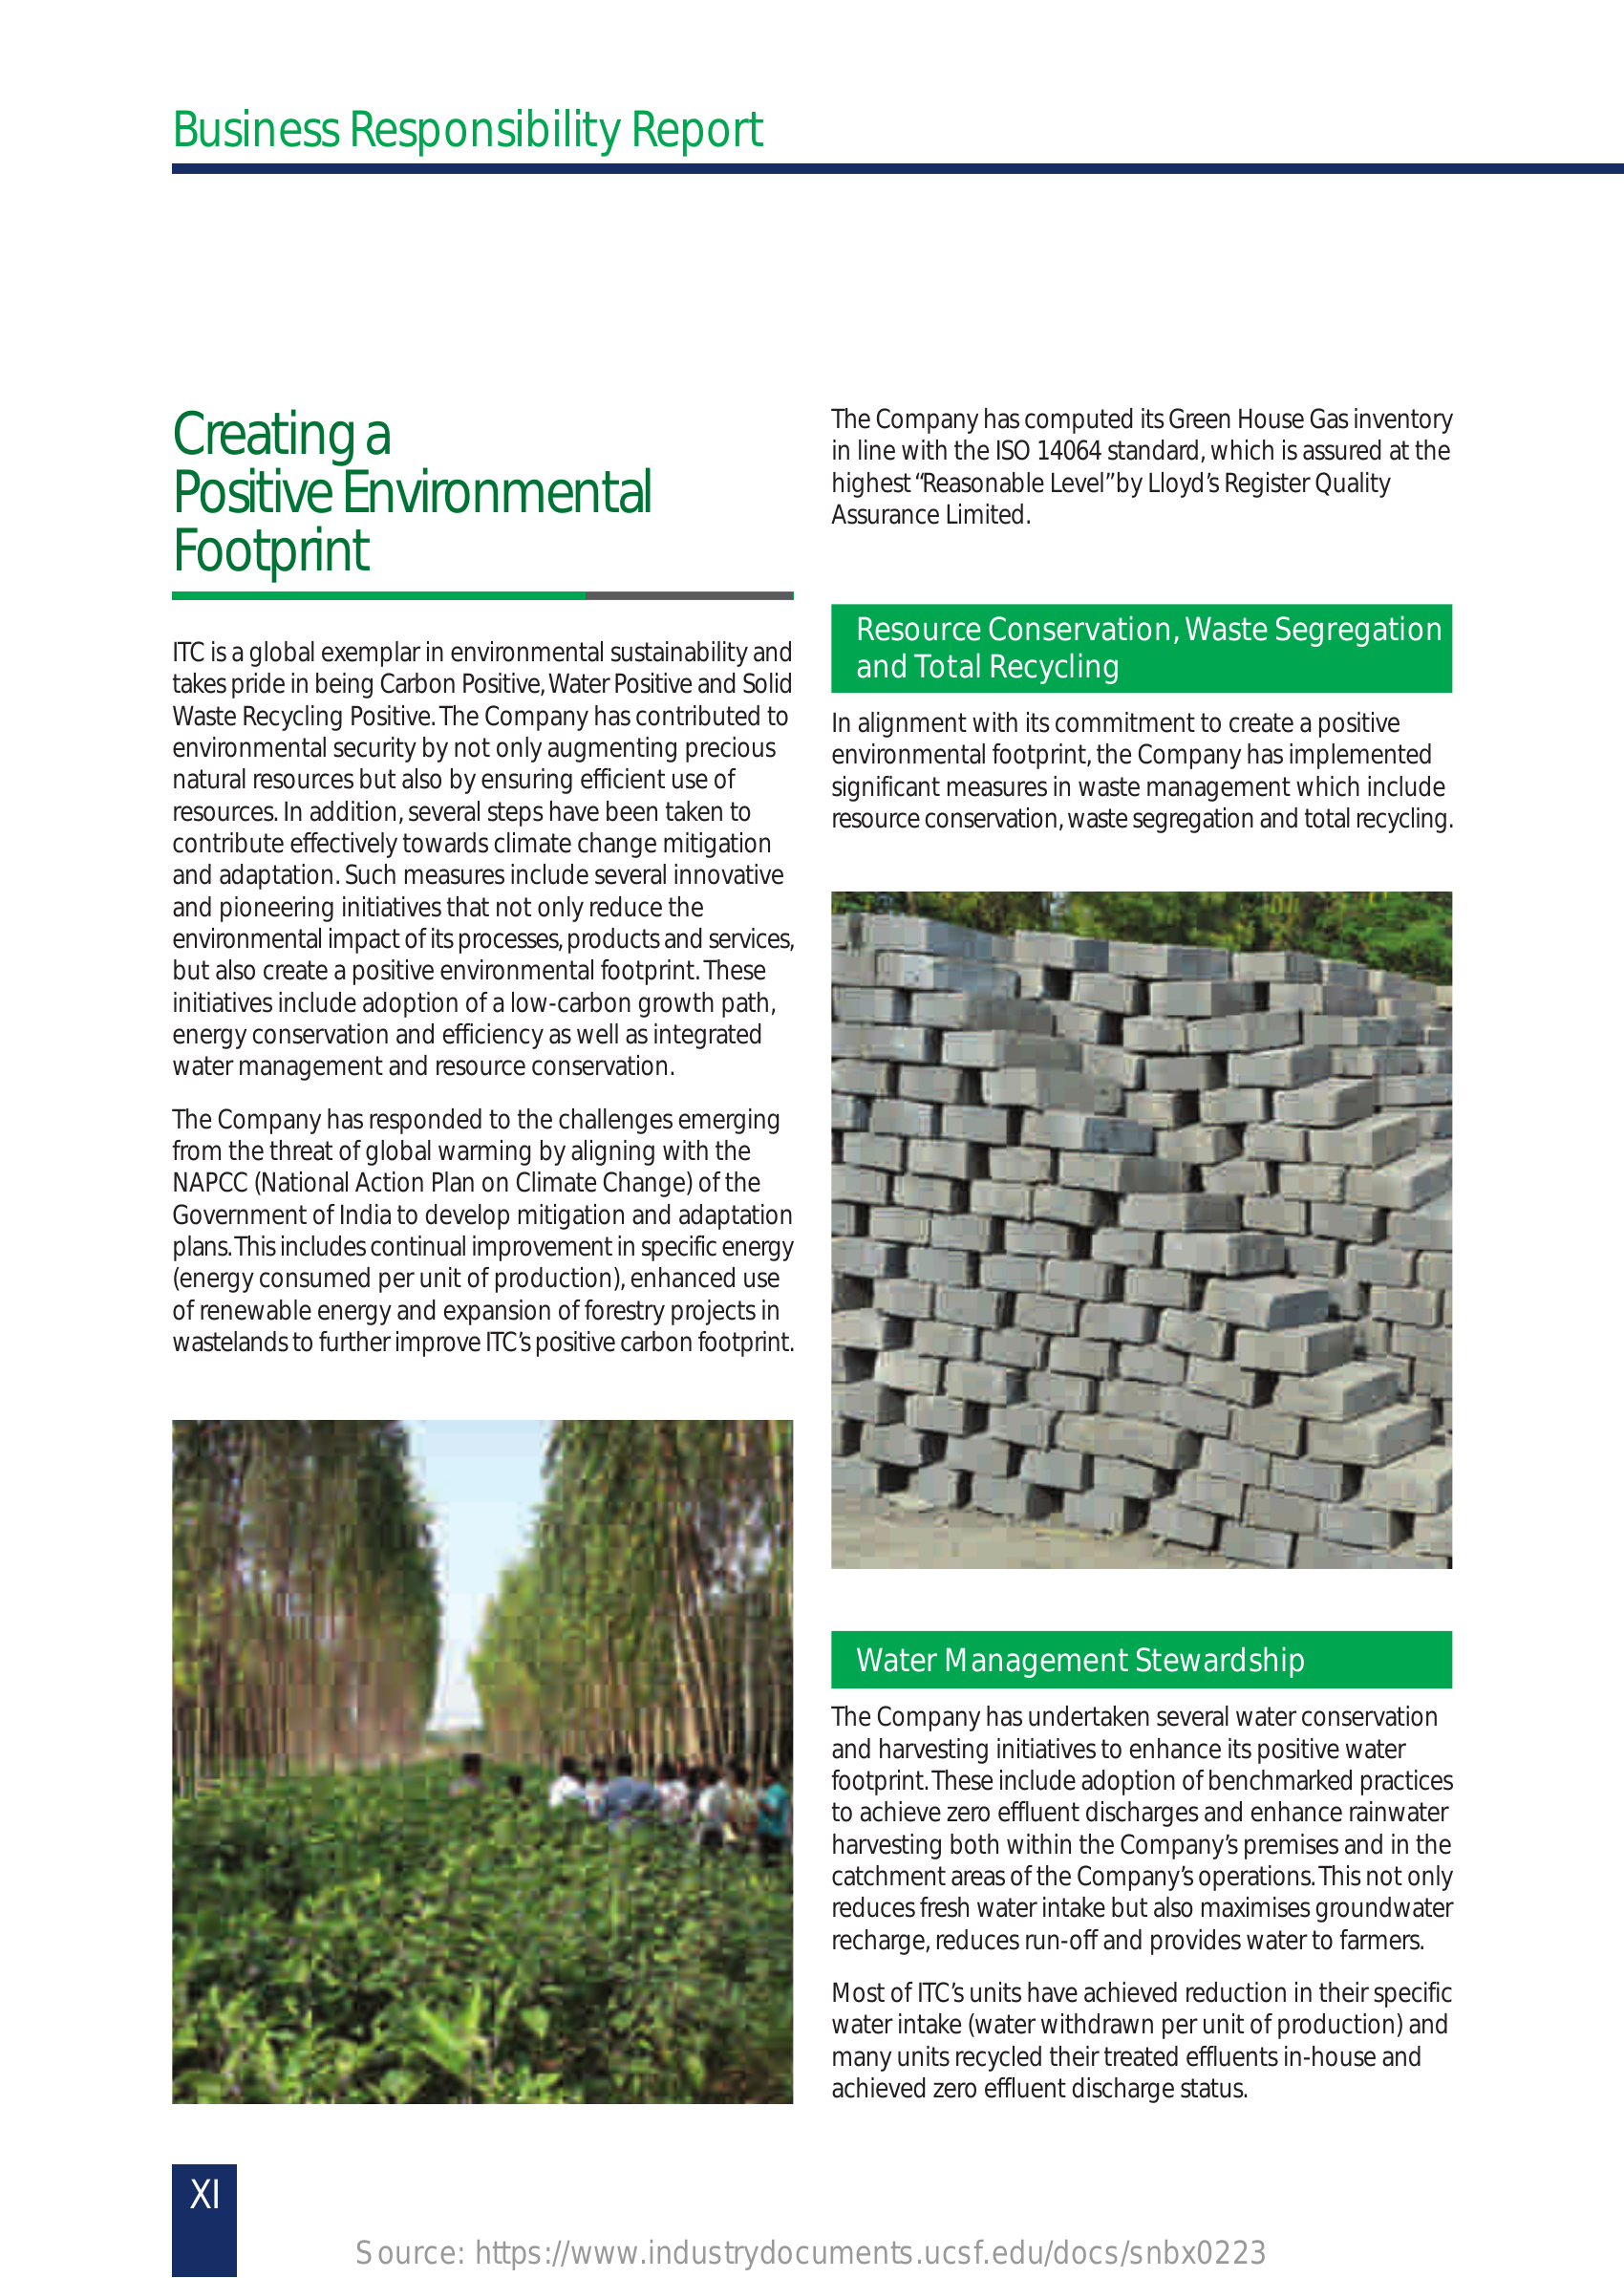
Business  Responsibility  Report
     Creating   a
     The Company has computed its Green House Gas inventory
     in line with the ISO 14064 standard, which is assured at the
     Positive  Environmental    highest “Reasonable Level” by Lloyd’s Register Quality
     Footprint
     Assurance Limited.
     ITC is a global exemplar in environmental sustainability and
     Resource Conservation, Waste Segregation
     takes pride in being Carbon Positive, Water Positive and Solid
     and Total Recycling
     Waste Recycling Positive. The Company has contributed to
     environmental security by not only augmenting precious
     In alignment with its commitment to create a positive
     natural resources but also by ensuring efficient use of
     environmental footprint, the Company has implemented
     resources. In addition, several steps have been taken to
     significant measures in waste management which include
     contribute effectively towards climate change mitigation
     resource conservation, waste segregation and total recycling.
     and adaptation. Such measures include several innovative
     and pioneering initiatives that not only reduce the
     environmental impact of its processes, products and services,
     but also create a positive environmental footprint. These
     initiatives include adoption of a low-carbon growth path,
     energy conservation and efficiency as well as integrated
     water management and resource conservation.
     The Company has responded to the challenges emerging
     from the threat of global warming by aligning with the
     NAPCC (National Action Plan on Climate Change) of the
     Government of India to develop mitigation and adaptation
     plans. This includes continual improvement in specific energy
     (energy consumed per unit of production), enhanced use
     of renewable energy and expansion of forestry projects in
     wastelands to further improve ITC’s positive carbon footprint.
     Water Management Stewardship
     The Company has undertaken several water conservation
     and harvesting initiatives to enhance its positive water
     footprint. These include adoption of benchmarked practices
     to achieve zero effluent discharges and enhance rainwater
     harvesting both within the Company’s premises and in the
     catchment areas of the Company’s operations. This not only
     reduces fresh water intake but also maximises groundwater
     recharge, reduces run-off and provides water to farmers.
     Most of ITC’s units have achieved reduction in their specific
     water intake (water withdrawn per unit of production) and
     many units recycled their treated effluents in-house and
     achieved zero effluent discharge status.
     XI
     Source: https://www.industrydocuments.ucsf.edu/docs/snbx0223